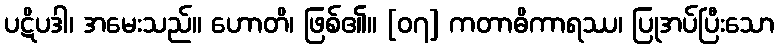
ပဋိပဒါ၊ အမေးသည်။ ဟောတိ၊ ဖြစ်၏။ [၀၇] ကတာဓိကာရဿ၊ ပြုအပ်ပြီးသော